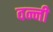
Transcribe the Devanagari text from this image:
वन्नी